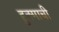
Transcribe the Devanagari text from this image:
हुक्माची